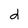
Character: d